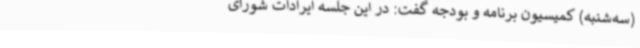
(سه‌شنبه) کمیسیون‌ برنامه و بودجه گفت: در این جلسه ایرادات شورای